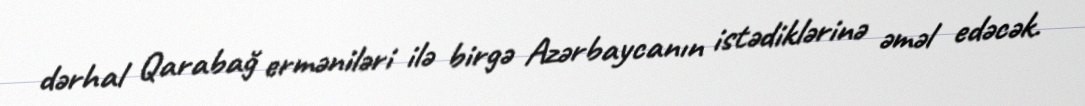
dərhal Qarabağ erməniləri ilə birgə Azərbaycanın istədiklərinə əməl edəcək.